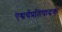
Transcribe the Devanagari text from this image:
ऐश्वर्यप्रतिपादक